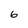
Character: 6